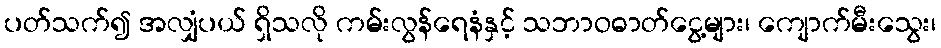
ပတ်သက်၍ အလျှံပယ် ရှိသလို ကမ်းလွန်ရေနံနှင့် သဘာဝဓာတ်ငွေ့များ၊ ကျောက်မီးသွေး၊